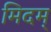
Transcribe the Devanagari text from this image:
मिदम्